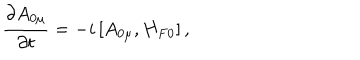
LaTeX: \frac { \partial A _ { 0 \mu } } { \partial t } = - i \left[ A _ { 0 \mu } , H _ { F 0 } \right] ,